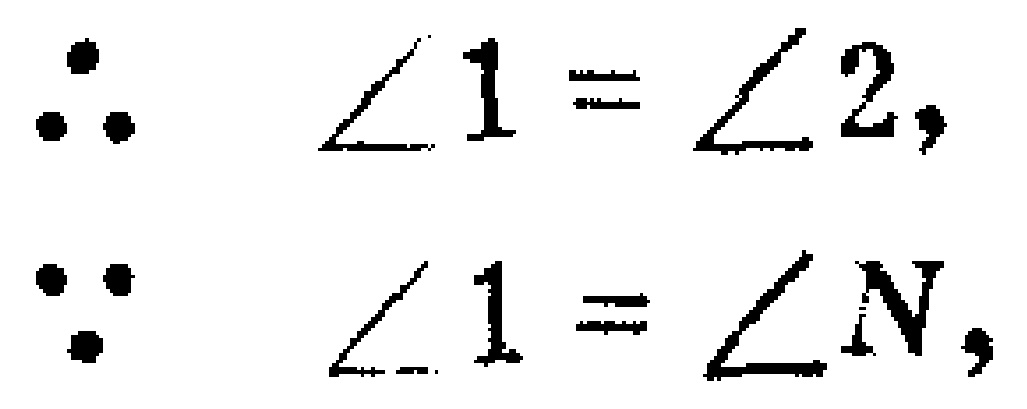
\[\because \angle 1 = \angle 2, \]
\[\because \angle 1 = \angle N, \]